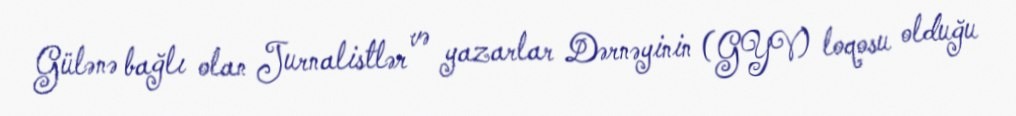
Gülənə bağlı olan Jurnalistlər və yazarlar Dərnəyinin (GYV) loqosu olduğu